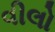
વીલો